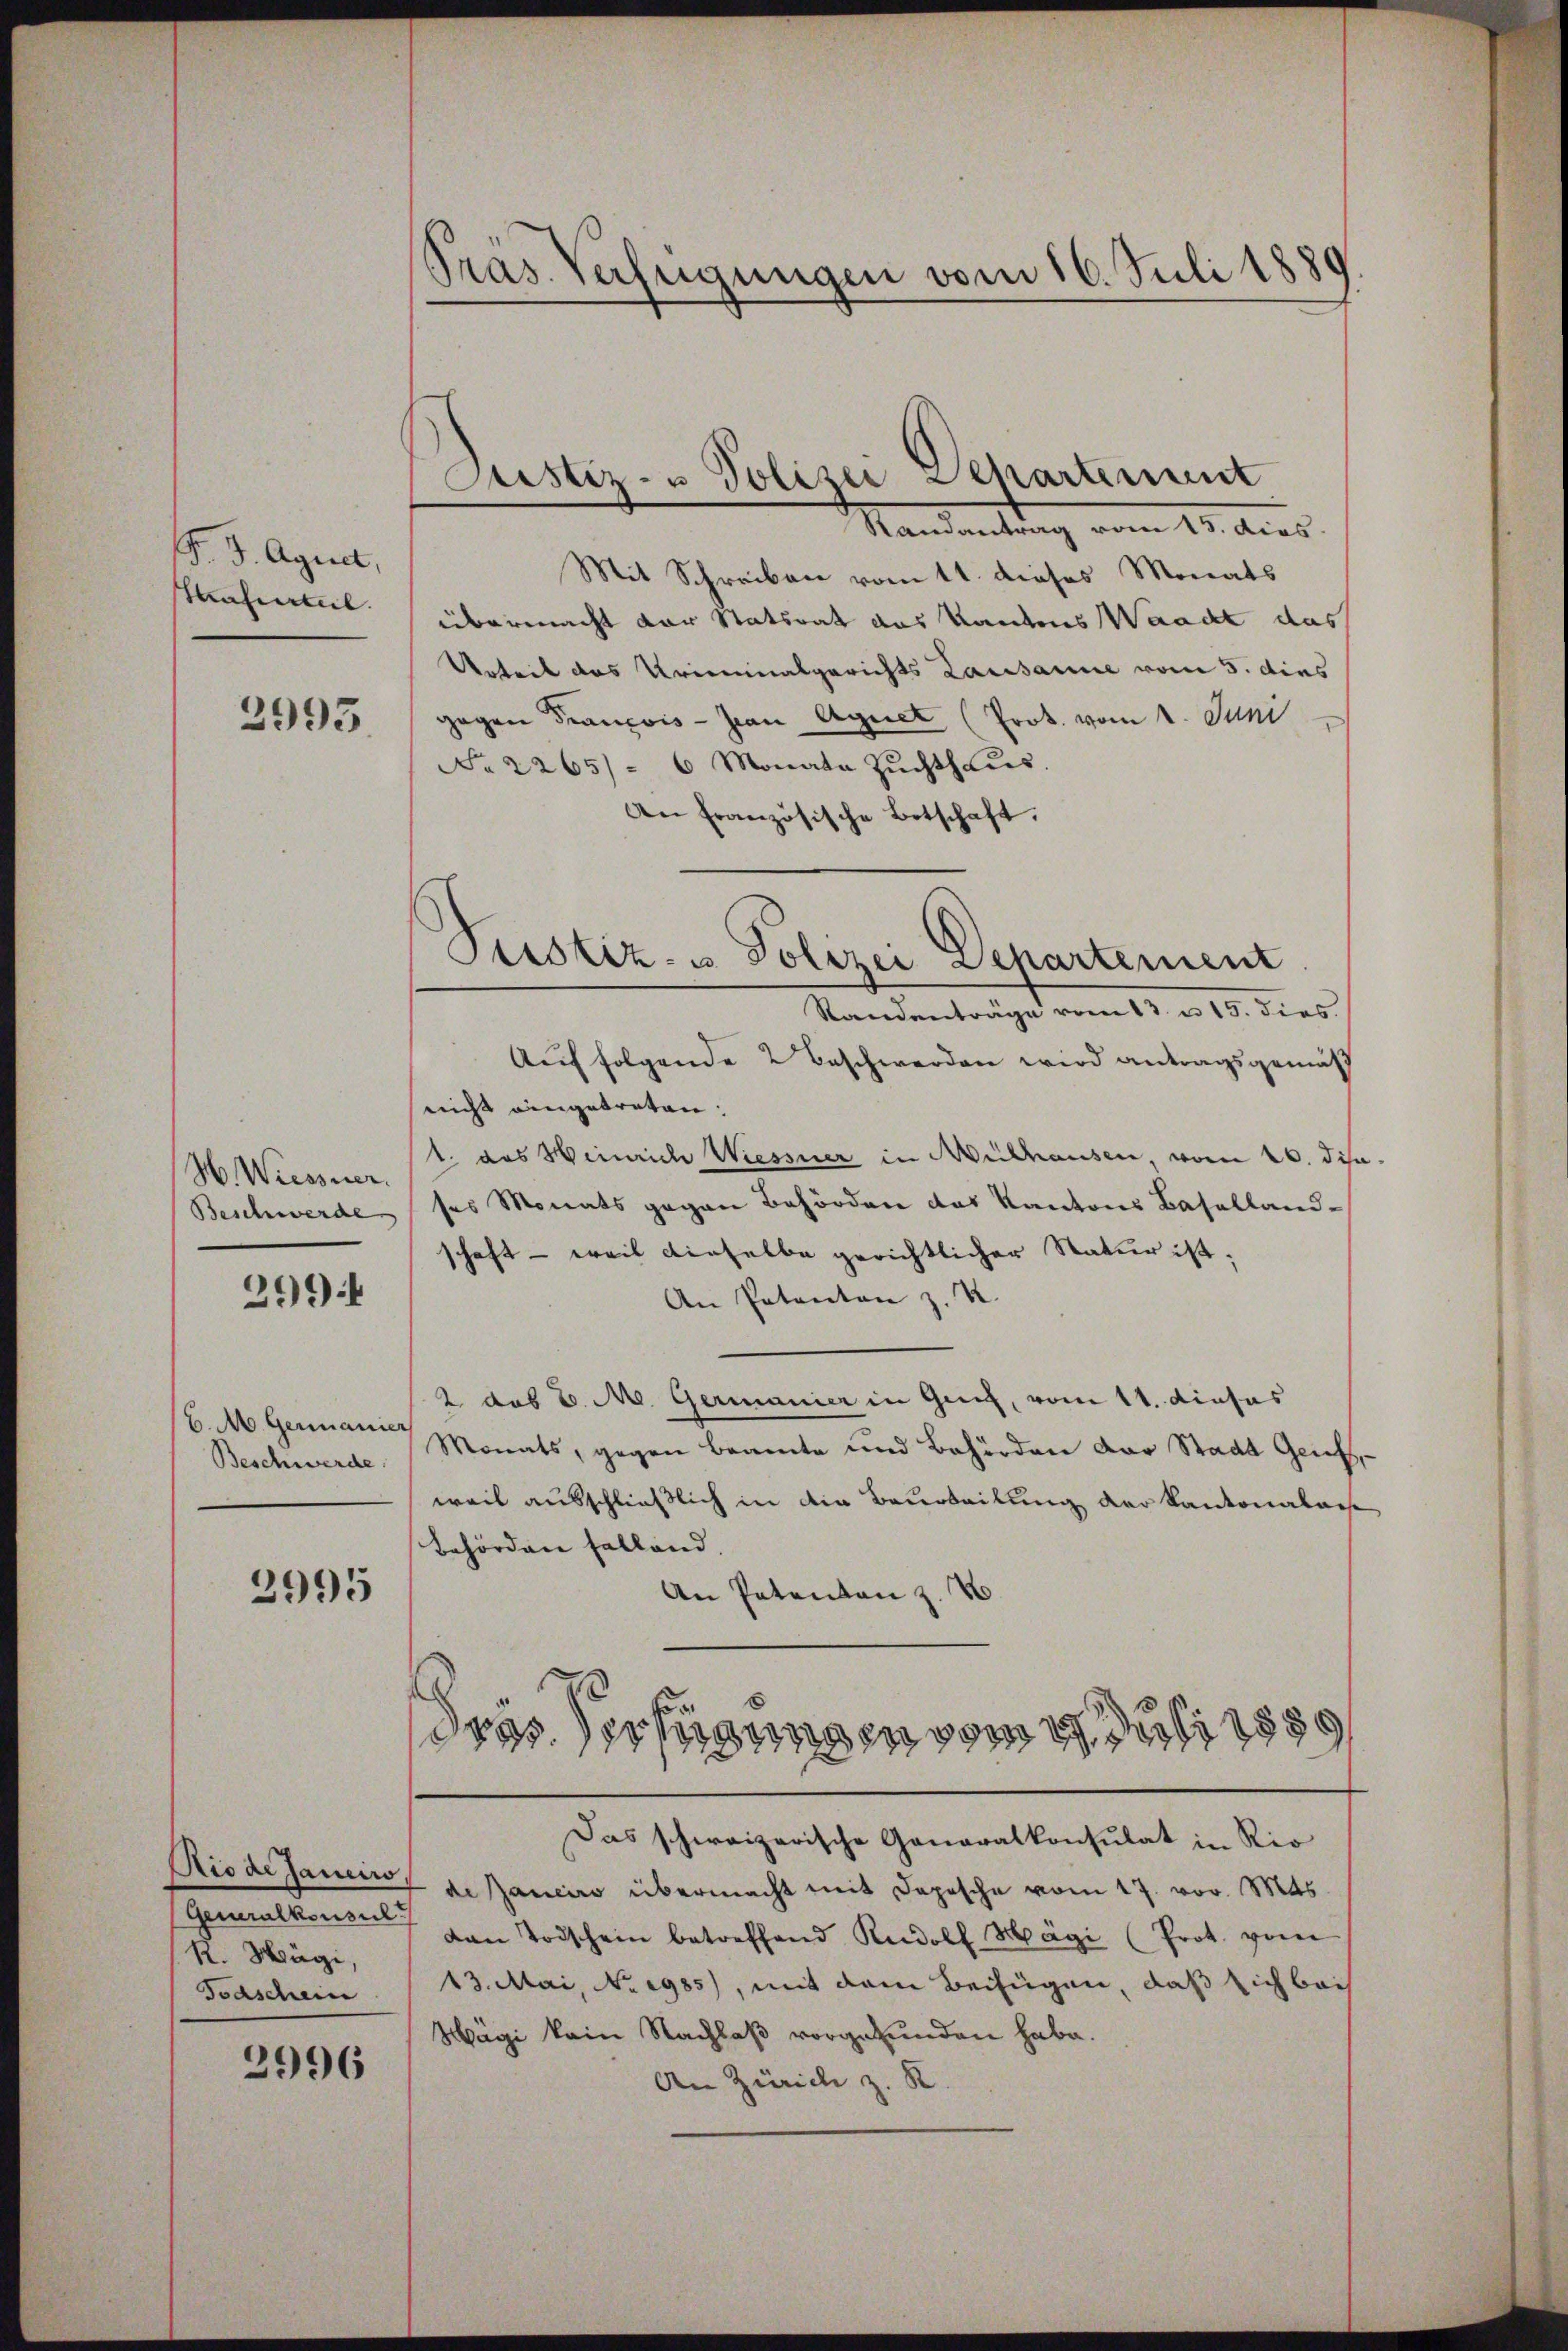
F. J. Agrict,
afurteil

2993.

HWiessner.
Beschwerde

2994

C. M. Germanier
Beschwerde.

2995

Rio de sanciro
k. Hägi,
Taschein

2996

Pras Verfügungen vom 16. Juli 1889

Justiz- u Polizei Departement
Mandantung vom 19. dies

Mit Schreiben vom 11. dieses Monats
übermacht der Statsrat aus Kantons Waadt das
Arbeit des Kriminalgerichts Lausanne vom 5. dies
gegen Francois - von Aguet (Prok. vom 1. Juni
No 2265) - 6 Monata Zuchthaus.
An Französische Botschaft.
Standenträge vom 13. v. 18. dies
Auf folgende 2 Beschwerden wird antragsgemäß
nicht eingetreten.
1. das Heinrich Wiessner in Mülhausen vom 26. disa
ses Monats gegen Behörden das Kantons Baselland-
schaft - weil dieselbe gerichtlicher Natur ist;
An Patenten z. R.
2 das v. M. Germanier in Genf, vom 11. dieses
Monats, gegen Beamte und Behörden der Stadt Genf,
weil ausschließlich in die Beurteilung der Kantonalasse
Behörden fallend.
An Patenten z. N
s
dres Verfügungen vom 9. Juli 1
Das schweizerische Generalkonsulat in Rio
de Janeiro übermacht mit Depesche vom 17. vor. Mts.
(Generalkonsen den Todschein betreffend Rudolf Hägi (Prot. vom
13. Mai, No. 1985), mit dem Beifügen, daß sich bei
Wägi kein Nachlaß vorgefunden habe.
An Zürich z. R.

Pustiz- & Polizei Departement